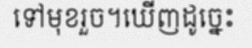
ទៅមុខរួច។ឃើញដូច្នេះ